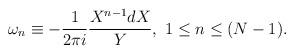
LaTeX: \begin{align*}\omega_n \equiv - \frac{1}{2 \pi i} \frac{X^{n-1} dX}{Y}, ~1 \leq n \leq (N-1).\end{align*}